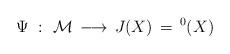
LaTeX: \begin{align*}\Psi\,\, :\,\, {\mathcal M}\, \longrightarrow\, J(X)\, =\, ^0(X)\end{align*}